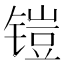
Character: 𮸛